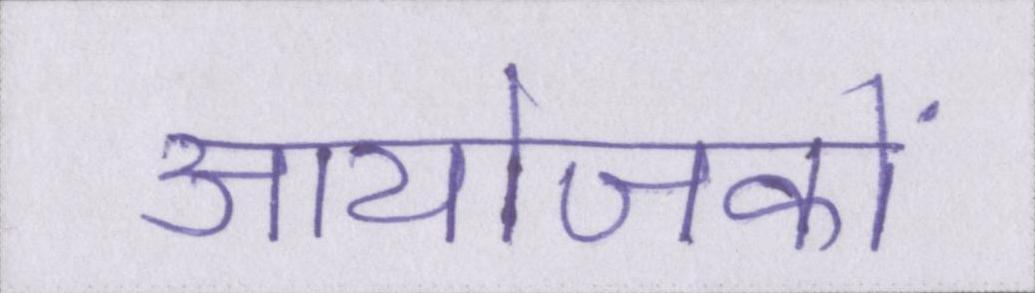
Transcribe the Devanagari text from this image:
आयोजकों